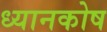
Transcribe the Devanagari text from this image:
ध्यानकोष